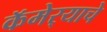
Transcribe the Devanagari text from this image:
कॅमेर्‍याचे